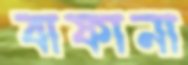
বাফানা